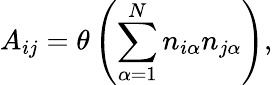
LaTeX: A_{ij}=\theta\left(\sum_{\alpha=1}^{N}n_{i\alpha}n_{j\alpha}\right),